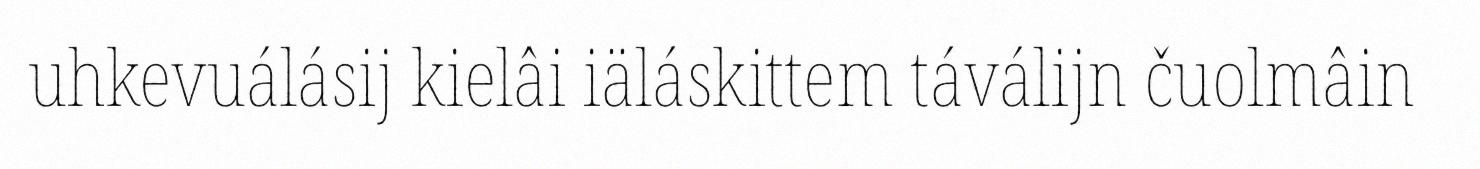
uhkevuálásij kielâi iäláskittem táválijn čuolmâin